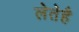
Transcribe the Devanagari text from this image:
लेतेहै